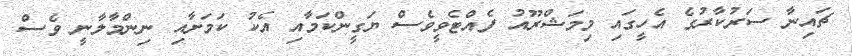
ޗައިނާ ސަރުކާރުގެ އެހީގައި މިމަޝްރޫއު ފެއްޓެވީވެސް ޔަގީންކަމާއި އެކު ކަމަށާއި ނިންމާލާނީ ވެސް